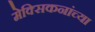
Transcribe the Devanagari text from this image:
मेक्सिकनांच्या